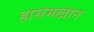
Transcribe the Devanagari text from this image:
हासमखान